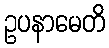
ဥပနာမေတိ